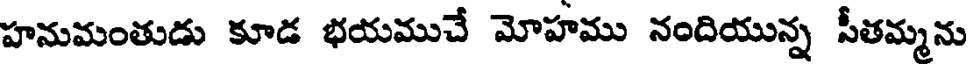
హనుమంతుడు కూడ భయముచే మోహము నందియున్న సీతమ్మను